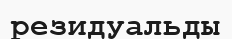
резидуальды